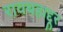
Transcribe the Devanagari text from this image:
रावबहाद्दूर